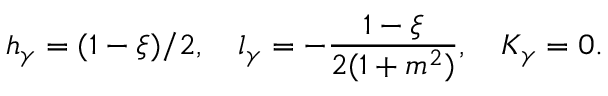
h _ { \gamma } = ( 1 - \xi ) / 2 , \quad l _ { \gamma } = - \frac { 1 - \xi } { 2 ( 1 + m ^ { 2 } ) } , \quad K _ { \gamma } = 0 .